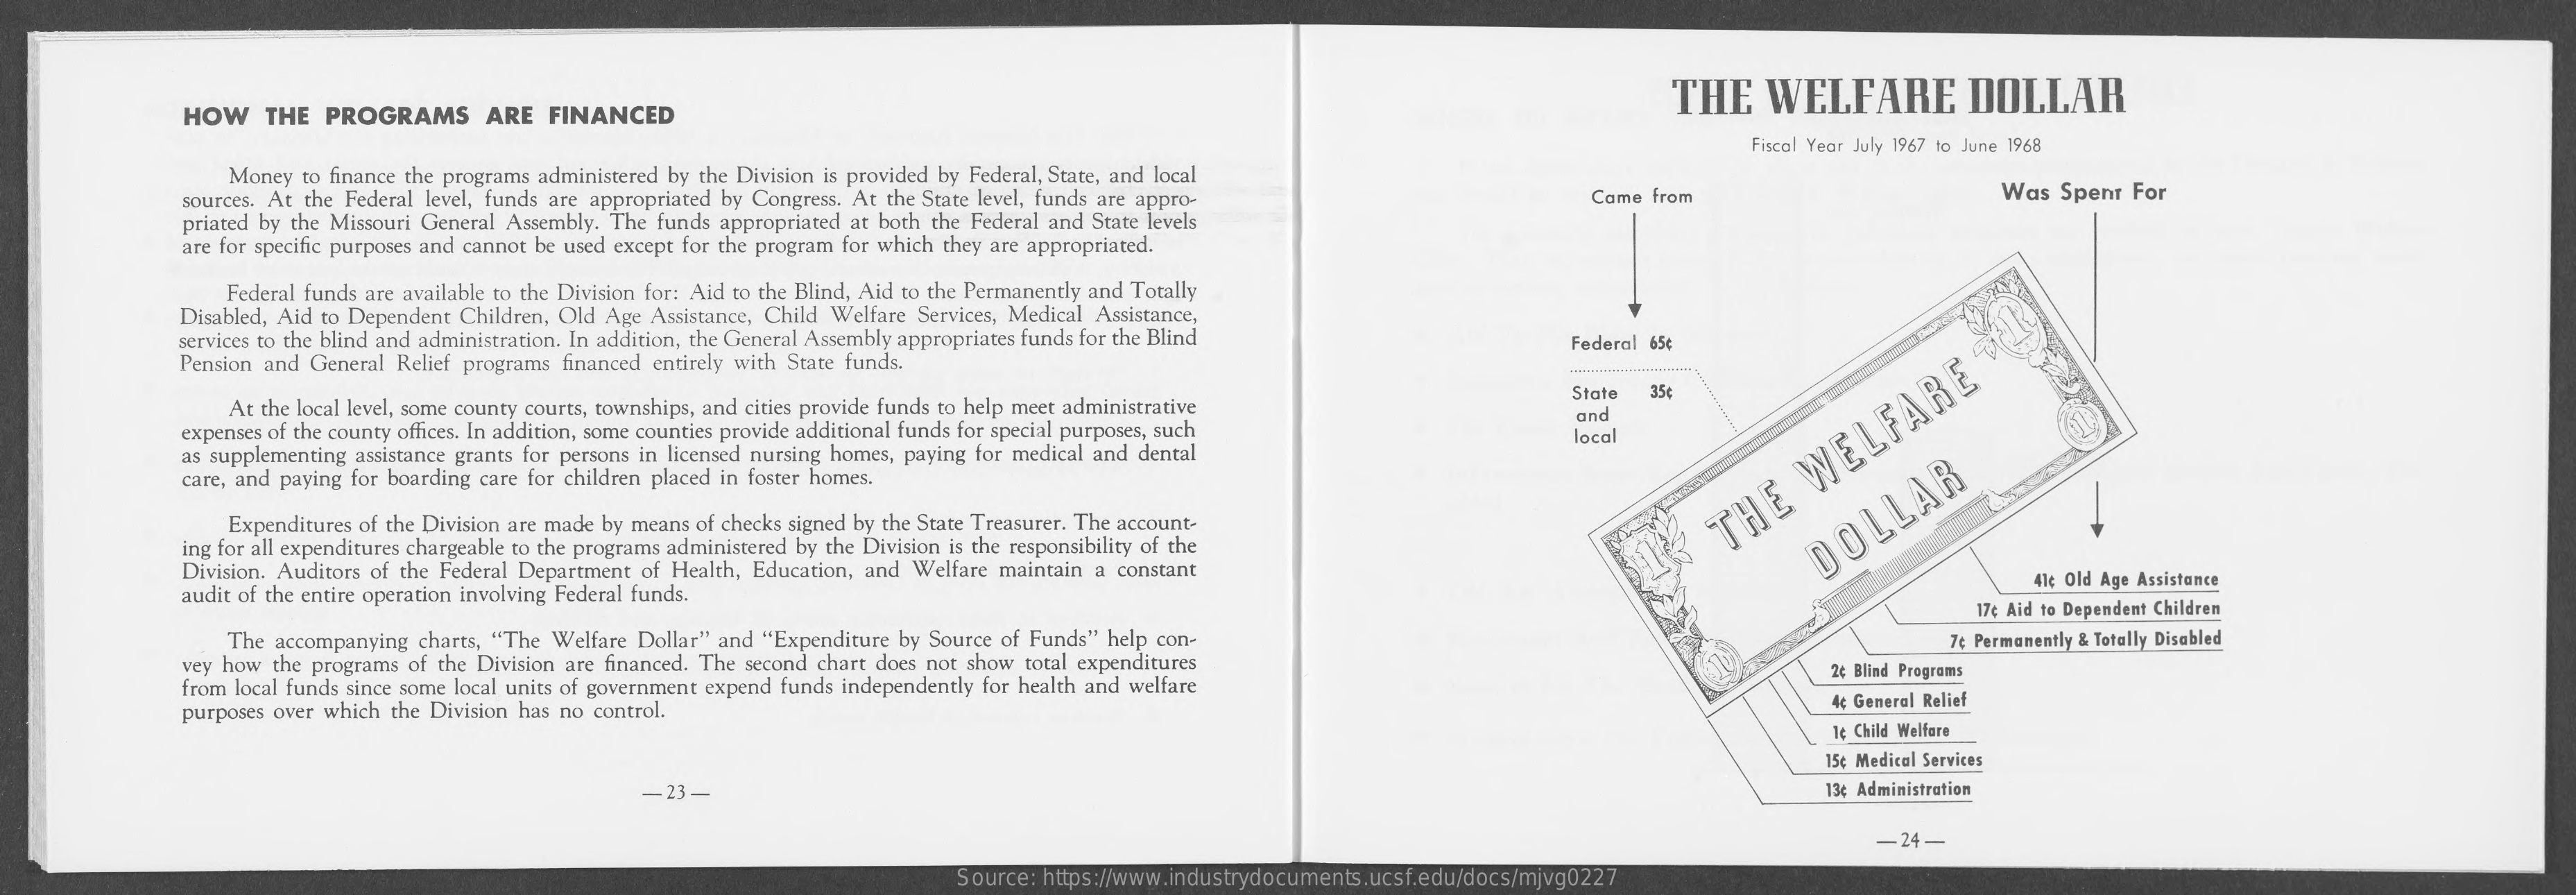
HOW THE PROGRAMS ARE FINANCED
     THE WELFARE   DOLLAR
     Fiscal Year July 1967 to June 1968
     Money to finance the programs administered by the Division is provided by Federal, State, and local
     sources. At the Federal level, funds are appropriated by Congress. At the State level, funds are appro- Was Spent For
     priated by the Missouri General Assembly. The funds appropriated at both the Federal and State levels
     Came from
     are for specific purposes and cannot be used except for the program for which they are appropriated.
     Federal funds are available to the Division for: Aid to the Blind, Aid to the Permanently and Totally
     Disabled, Aid to Dependent Children, Old Age Assistance, Child Welfare Services, Medical Assistance,
     services to the blind and administration. In addition, the General Assembly appropriates funds for the Blind
     Pension and General Relief programs financed entirely with State funds.
     Federal 65¢
     At the local level, some county courts, townships, and cities provide funds to help meet administrative
     State 35¢
     expenses of the county offices. In addition, some counties provide additional funds for special purposes, such
     and
     as supplementing assistance grants for persons in licensed nursing homes, paying for medical and dental
     local
     care, and paying for boarding care for children placed in foster homes.
     Expenditures of the Division are made by means of checks signed by the State Treasurer. The account-
     ing for all expenditures chargeable to the programs administered by the Division is the responsibility of the
     THE
     WELFARE
     Division. Auditors of the Federal Department of Health, Education, and Welfare maintain a constant
     DOLLAR
     audit of the entire operation involving Federal funds.
     41¢ Old Age Assistance
     17¢ Aid to Dependent Children
     The accompanying charts, "The Welfare Dollar" and "Expenditure by Source of Funds" help con-
     vey how the programs of the Division are financed. The second chart does not show total expenditures
     7¢ Permanently & Totally Disabled
     from local funds since some local units of government expend funds independently for health and welfare
     2¢ Blind Programs
     purposes over which the Division has no control.    4¢ General Relief
     1¢ Child Welfare
     15¢ Medical Services
     -23-    13¢ Administration
     -24-
     Source: https://www.industrydocuments.ucsf.edu/docs/mjvg0227